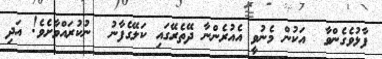
ފާޅުވެގެންވާ  އަކުން މެނުވީ އެއުރެންނާ ދޭތެރޭގައި ކަލޭގެފާނު  ނުކުރައްވާށެވެ! އަދި